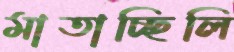
মাতাচ্ছিলি